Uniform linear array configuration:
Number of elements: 12
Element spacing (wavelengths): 1
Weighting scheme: binomial
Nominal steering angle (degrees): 45
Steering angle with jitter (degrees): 44.474
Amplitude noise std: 0.05
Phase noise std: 0.05

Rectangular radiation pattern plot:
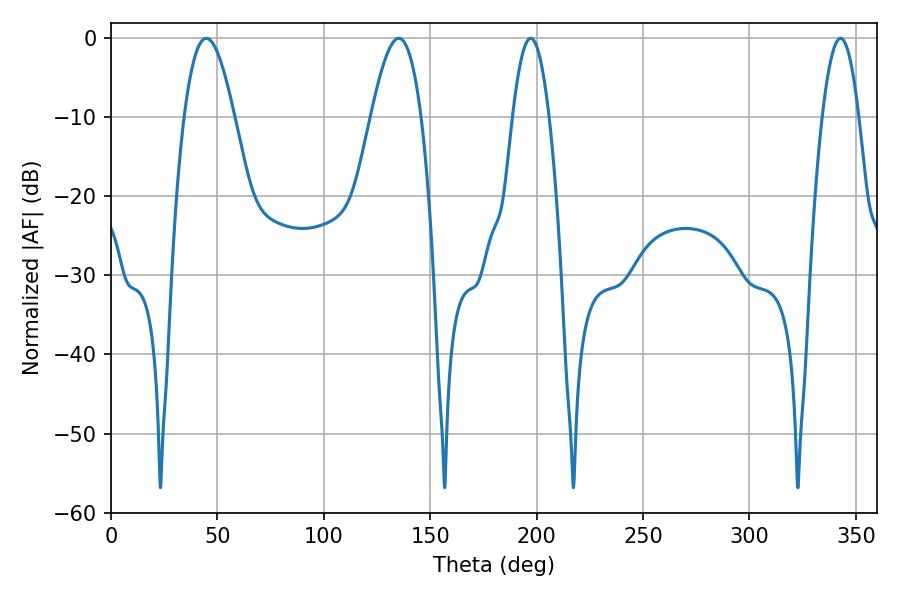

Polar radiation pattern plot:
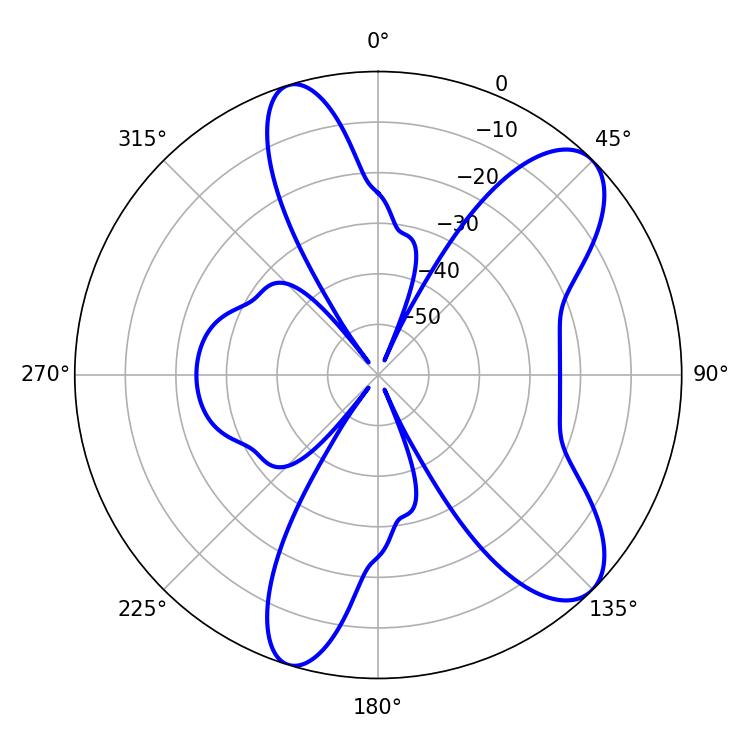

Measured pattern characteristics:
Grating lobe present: TRUE
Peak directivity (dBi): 9.156
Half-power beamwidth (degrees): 12.6
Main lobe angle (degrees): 44.82